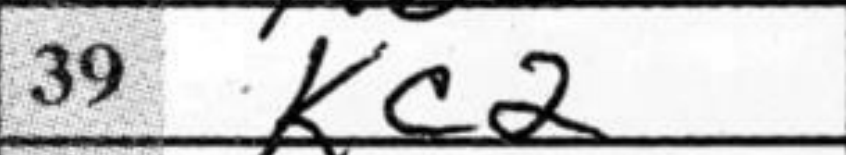
Transcription: Kc2